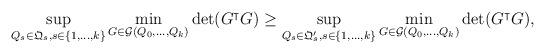
LaTeX: \begin{align*}\begin{aligned}\sup_{ Q_s \in \mathfrak{Q}_s, s \in \lbrace 1,\ldots,k \rbrace } \min_{ G \in \mathcal{G}(Q_0,\ldots,Q_k)} \det(G^\intercal G)\geq \sup_{ Q_s \in \mathfrak{Q}_s', s \in \lbrace 1,\ldots,k \rbrace } \min_{ G \in \mathcal{G}(Q_0,\ldots,Q_k)} \det(G^\intercal G),\end{aligned}\end{align*}